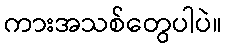
ကားအသစ်တွေပါပဲ။